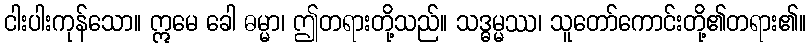
ငါးပါးကုန်သော။ ဣမေ ခေါ ဓမ္မာ၊ ဤတရားတို့သည်။ သဒ္ဓမ္မဿ၊ သူတော်ကောင်းတို့၏တရား၏။